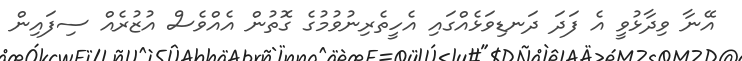
އޭނާ ވިދާޅުވީ އެ ފަދަ ދަނޑިވަޅެއްގައި އެހީތެރިނުވުމުގެ ގޮތުން އެއްވެސް އުޒުރެއް ސިފައިން